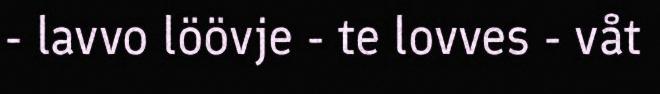
- lavvo löövje - te lovves - våt